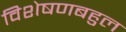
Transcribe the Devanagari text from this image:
विशेषणबहुल